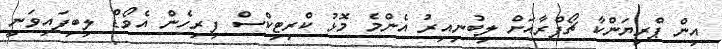
އިން ޕްރިޔަންކާ ޗޯޕްރާއަށް ލިބުނިއިރު އެންމެ މޮޅު ކްރިޓިކްސް ފިރިހެން އެވޯޑް ލިބިފައިވަނީ